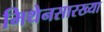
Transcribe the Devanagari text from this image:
मिथेनसारख्या